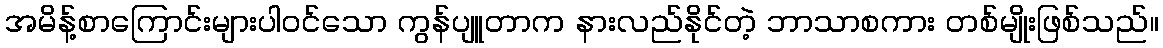
အမိန့်စာကြောင်းများပါဝင်သော ကွန်ပျူတာက နားလည်နိုင်တဲ့ ဘာသာစကား တစ်မျိုးဖြစ်သည်။